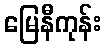
မြေနီကုန်း